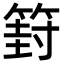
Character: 篈